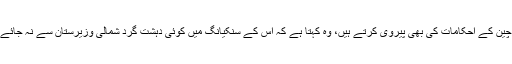
ہم امریکی احکامات کو بلا چون و چراں مانتے ہیں اور اب تو چین کے احکامات کی بھی پیروی کرتے ہیں، وہ کہتا ہے کہ اس کے سنکیانگ میں کوئی دہشت گرد شمالی وزیرستان سے نہ جائے ، ہم نے ان غیر ملکی دہشت گردوں کی خوب دھلائی کی ہے۔